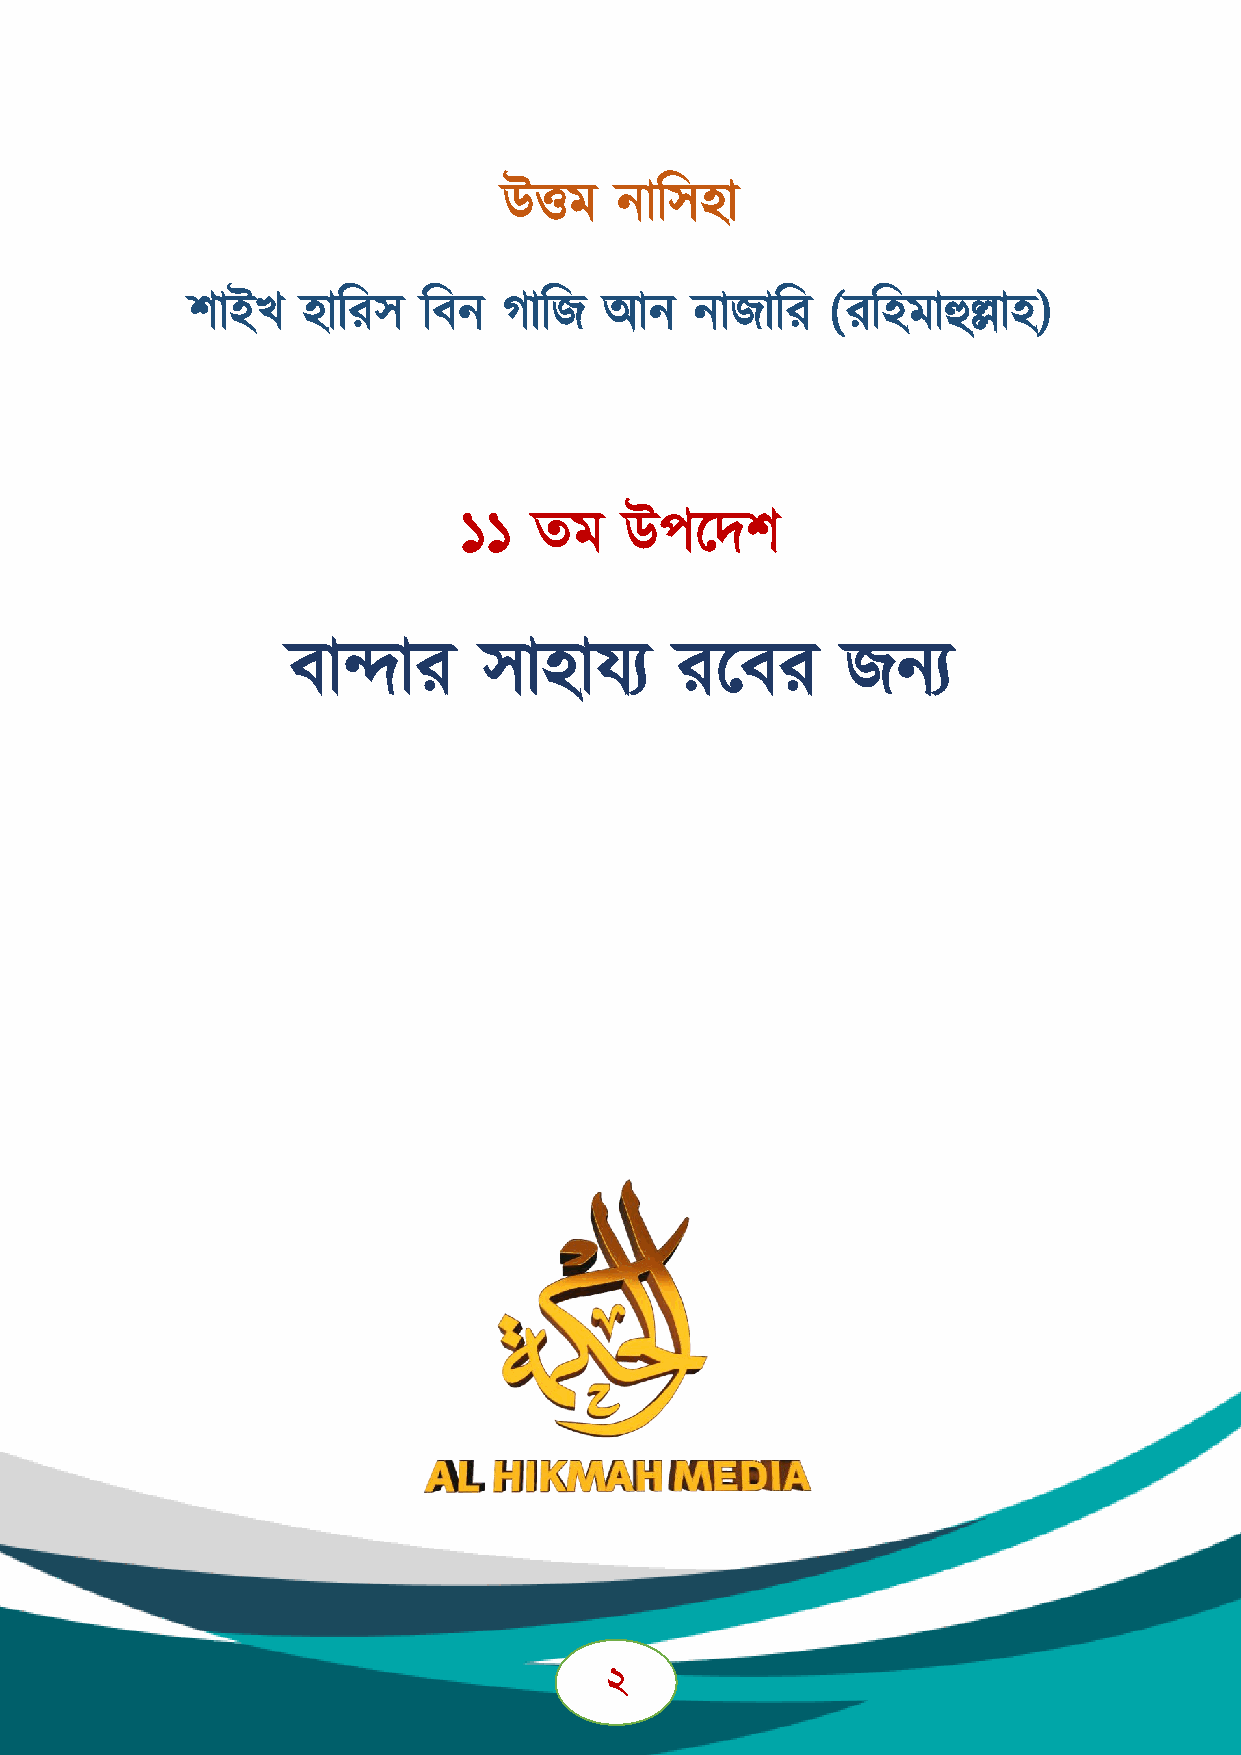
উত্তভ   নাস঳঴া
 ঱াআখ    ঴াসয঳   সফন  গাসি   অন    নািাসয   (যস঴ভাহুল্লা঴)
 ১১   তভ    উ঩দদ঱
 ফান্দায      ঳া঴াময       যদফয       িনয